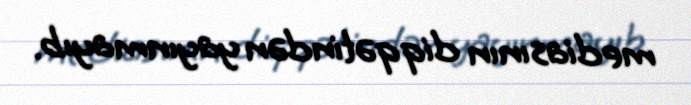
mediasının diqqətindən yayınmayıb.